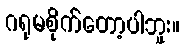
ဂရုမစိုက်တော့ပါဘူး။